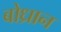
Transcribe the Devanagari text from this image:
बोध्रान